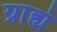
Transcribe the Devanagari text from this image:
ग्राह्यं